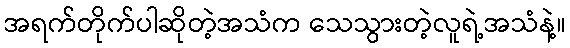
အရက်တိုက်ပါဆိုတဲ့အသံက သေသွားတဲ့လူရဲ့အသံနဲ့။